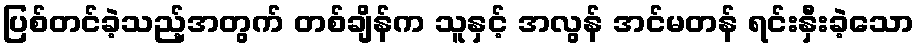
ပြစ်တင်ခဲ့သည့်အတွက် တစ်ချိန်က သူနှင့် အလွန် အင်မတန် ရင်းနှီးခဲ့သော